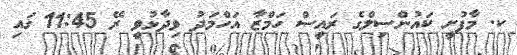
ކ. މާފުށީ ކައުންސިލްގެ ރައީސް ހަމްޒާ އަހްމަދު ވިދާޅުވީ ރޭ 11:45 ގައި